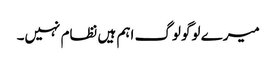
میرے لوگو لوگ اہم ہیں نظام نہیں۔